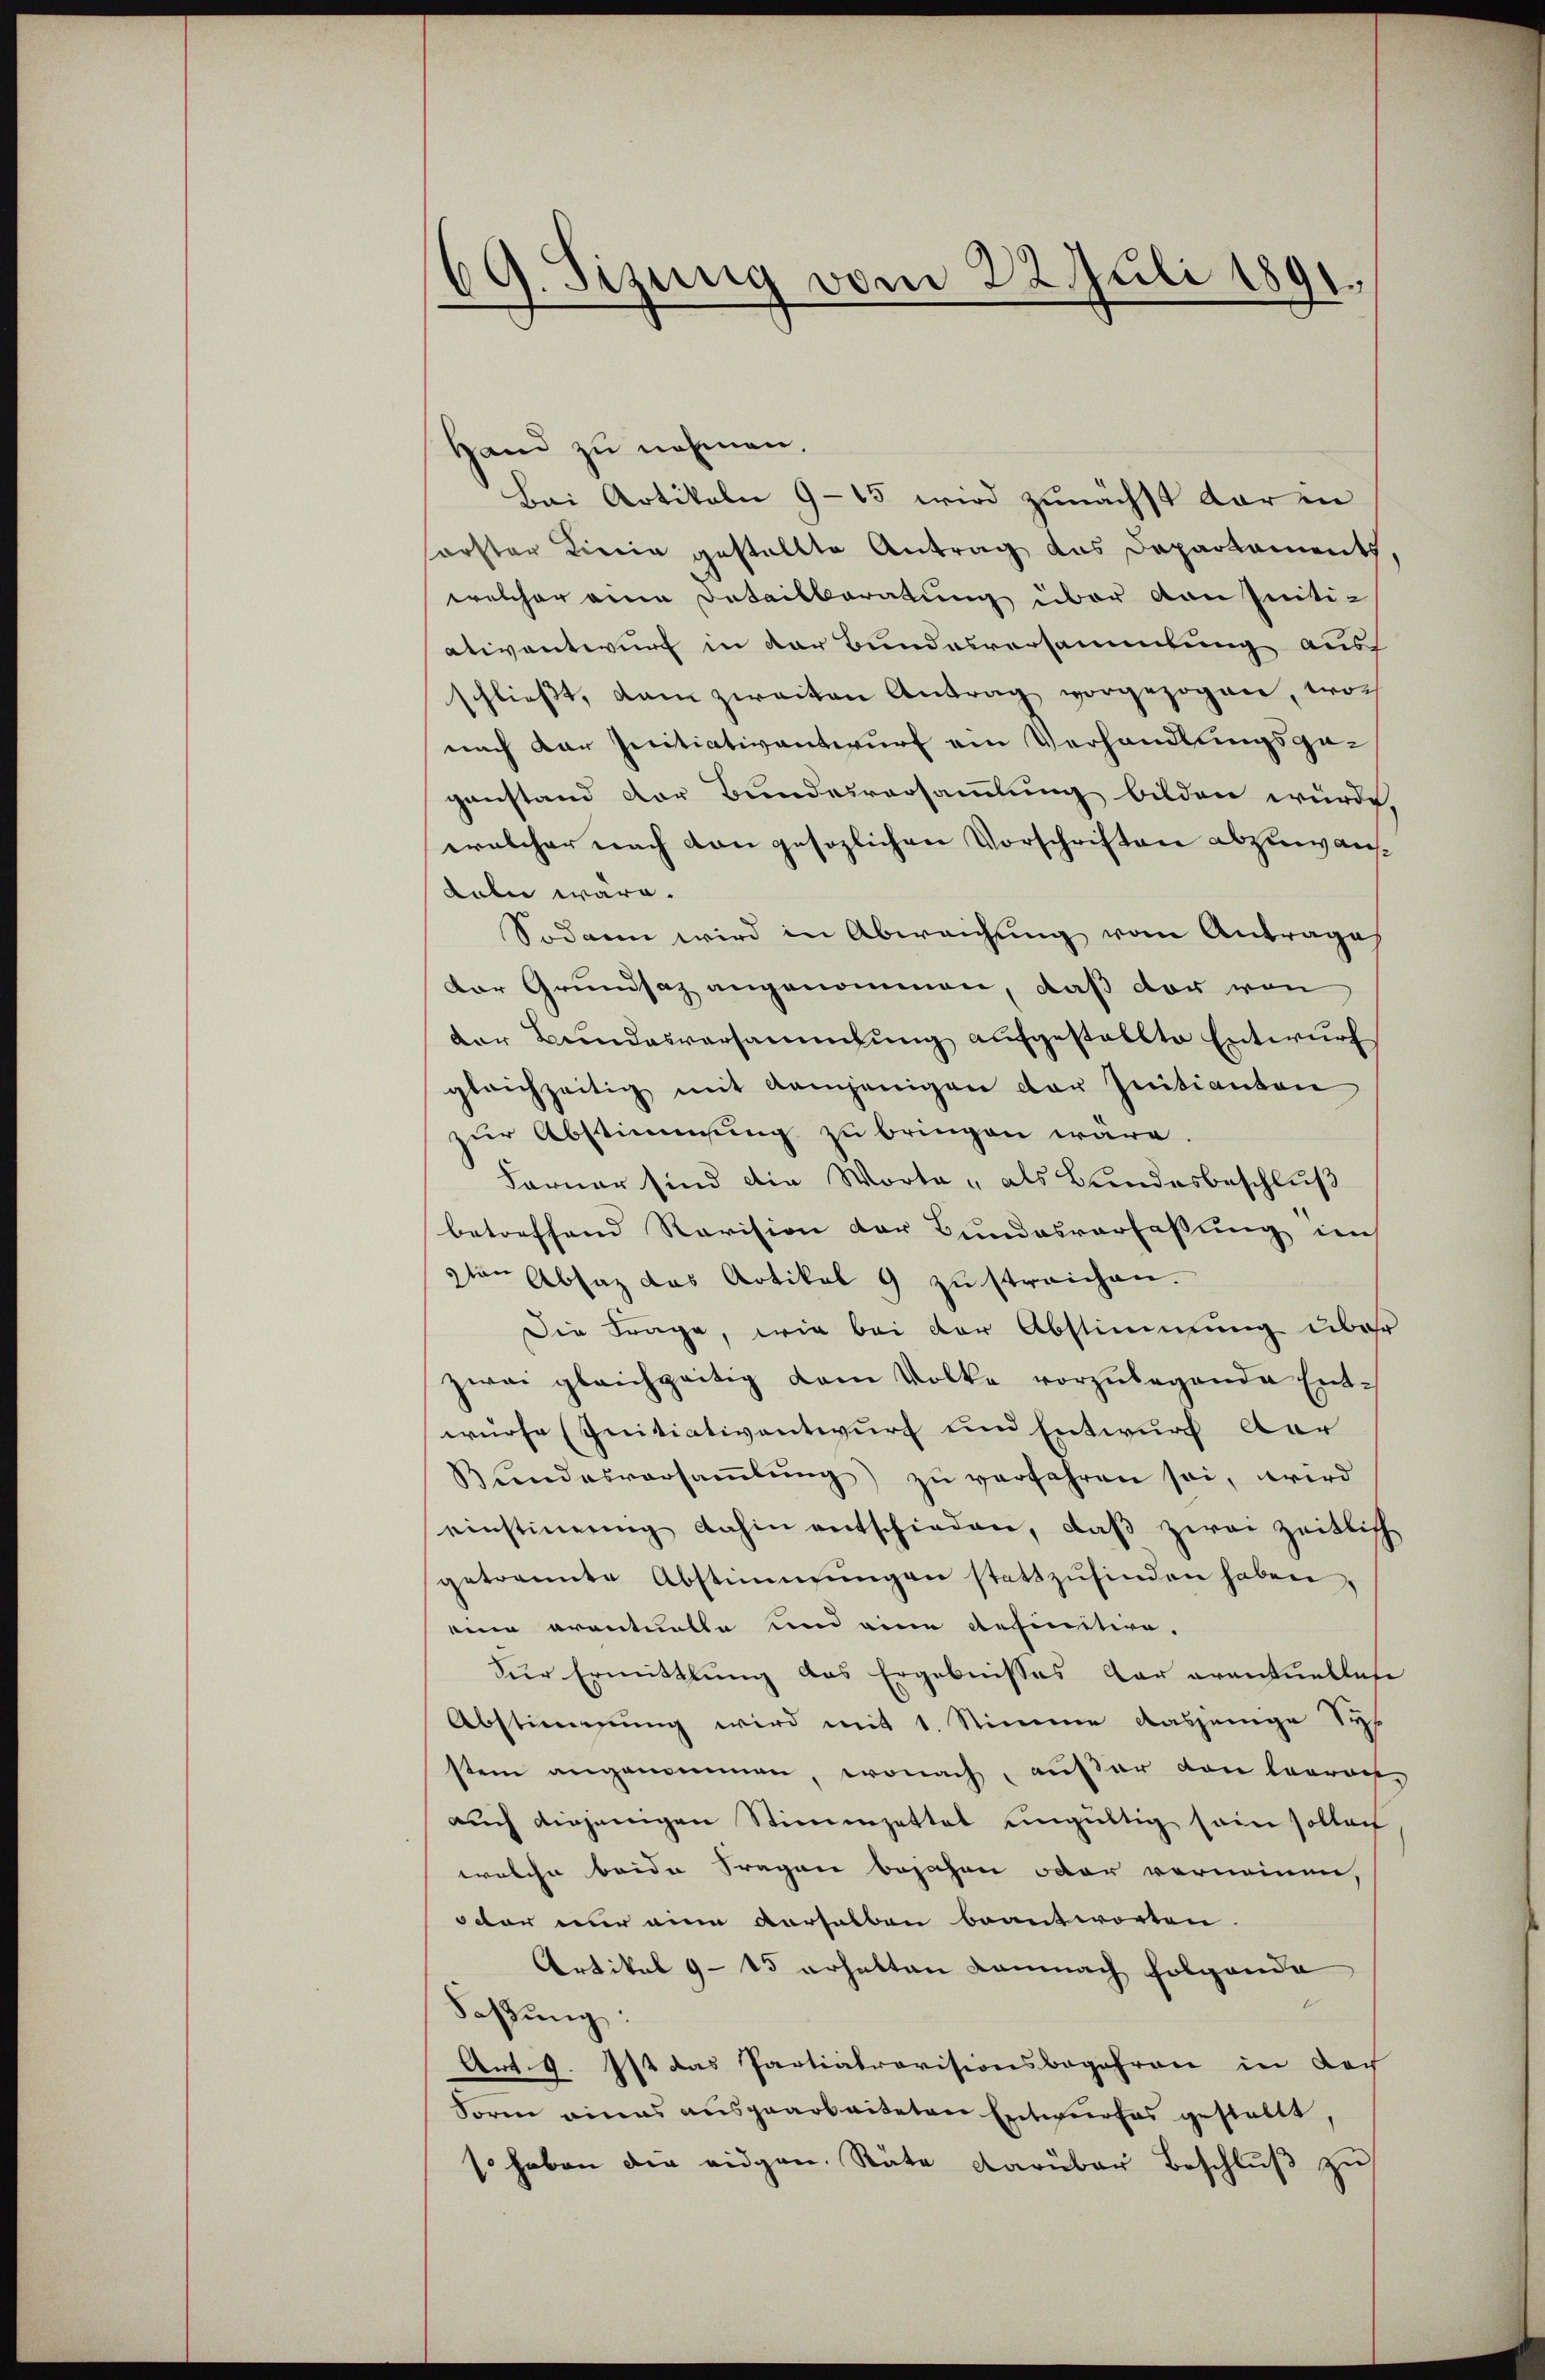
G. Sizung vom 22. Juli 1891.

Hand zu nehmen.
Bei Artikeln 9-15 wird zunächst darin
orster Linie gestellte Antrag das Departement,
welcher eine Detailberatung über von Initi-
ativentwurf in der Bundesversammlung aus
schließt, dan zweiten Antrag vorgezogen, woch
nach dar Initiativantwurf ein Verhandlungsgeganstand der Bundesversammlung bilden wurde,
wrolcher nach den gesezlichen Vorschriften abzuwans¬
Labei wäre.
Sodann wird in Abweichung vom Antrages
der Grundsaz angenommen, daß der von
der Bundesversammlung aufgestellte Entwurf
gleichzeitig mit demjenigen der Initianten
zur Abstimmung zu bringen wäre.
Farner sind die Worte " als Bundesbeschluß
betreffend Revision der Bundesverfassung im
2ten Absaz das Artikel 9 zu streichen.
Die Frage, wie bei der Abstimmung über
zwai gleichzeitig dem Volke vorzŭlegende Ent-
würfe (Initiativentwurf und Entwurf der
Bŭndesversaṁlŭng zŭ verfahren sei, wird
einstimmig dahin entschieden, daβ zwei zeitlich
getrannte Abstimmungen stattzŭfinden haben,
eine eventuelle und eine definitive,
zur Ermittlung des Ergebnisses der eventuellese
Abstimmung wird mit 1. Stimme dasjenige Sys
stem angenommen, wonach, außer den leerach
auch diejenigen Stimmzettel eingültig sein sollen
welche beide Fragen bejahen oder vornennen,
octor nur eine derselben beantworten
Artikel 9–15 erhalten Lamnach folgende
2
Saßung:
Art. 9. Ist das Partiatrovisionsbegehren in doch
Sorm eines ausgearbeiteten Entwurfes gestellt,
so haben die eidgen. Räte darüber Beschluß zu